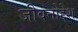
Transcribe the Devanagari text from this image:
जीवनोद्देश